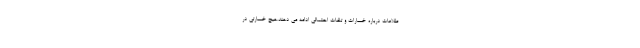
طلاعات درباره خسارات و تلفات احتمالی ادامه می دهند.هیچ خسارتی در